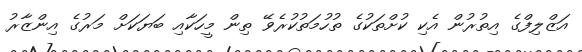
އަޒްލިފްގެ އިތުރުން އެކި ކުށްތަކުގެ ތުހުމަތުކުރެވޭ ތިން މީހަކާއި ބަޔަކަށް މަރުގެ އިންޒާރު